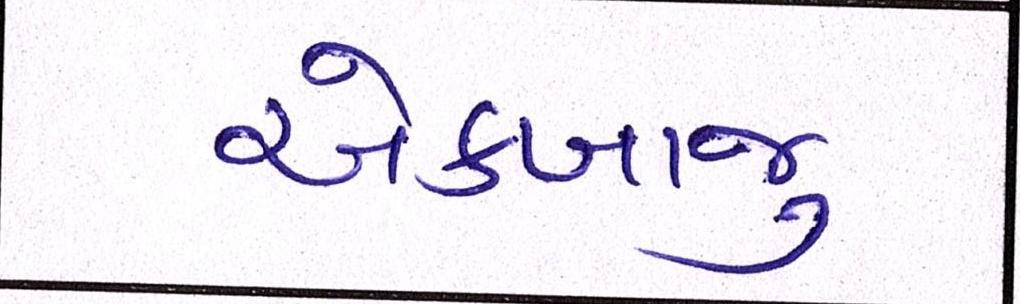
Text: એકબાજુ